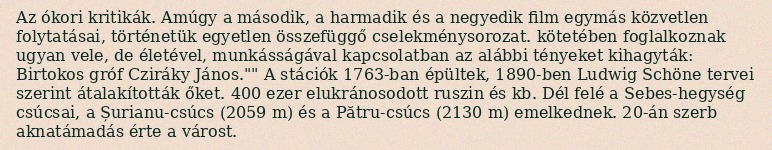
Az ókori kritikák. Amúgy a második, a harmadik és a negyedik film egymás közvetlen folytatásai, történetük egyetlen összefüggő cselekménysorozat. kötetében foglalkoznak ugyan vele, de életével, munkásságával kapcsolatban az alábbi tényeket kihagyták: Birtokos gróf Cziráky János."" A stációk 1763-ban épültek, 1890-ben Ludwig Schöne tervei szerint átalakították őket. 400 ezer elukránosodott ruszin és kb. Dél felé a Sebes-hegység csúcsai, a Șurianu-csúcs (2059 m) és a Pătru-csúcs (2130 m) emelkednek. 20-án szerb aknatámadás érte a várost.